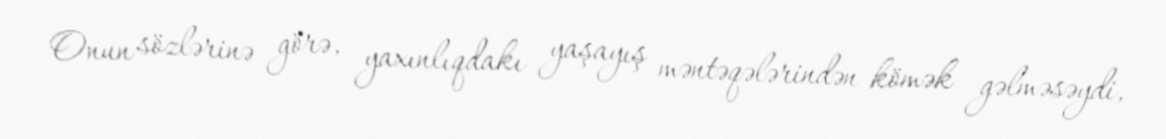
Onun sözlərinə görə, yaxınlıqdakı yaşayış məntəqələrindən kömək gəlməsəydi,